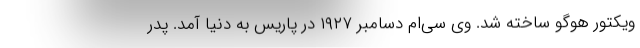
ویکتور هوگو ساخته شد. وی سی‌ام دسامبر ١٩٢٧ در پاریس به دنیا آمد. پدر